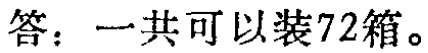
答：一共可以装72箱。